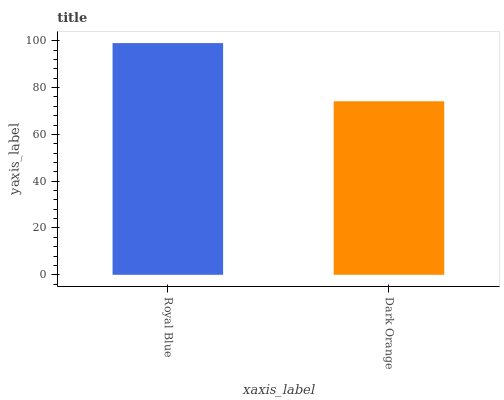
| xaxis_label | bars |
 | --- | --- |
 | Royal Blue | 99 |
 | Dark Orange | 74.1 |